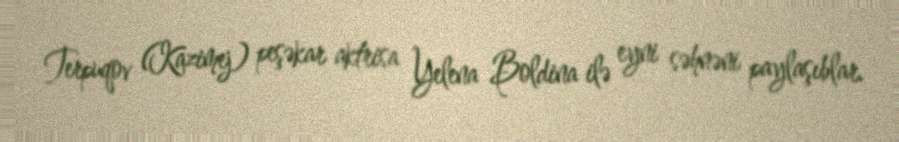
Terpuqov (Kazimej) peşəkar aktrisa Yelena Boldina ilə eyni səhnəni paylaşıblar.